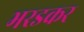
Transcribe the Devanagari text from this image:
भरडकर